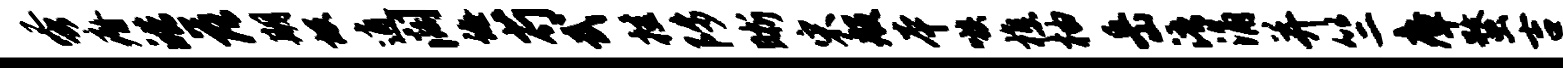
蚤瘠皓落期圾逍阔诲芍武挂陟晰宋般本嗾樵柚岳浯涌并竺瘴蝥吉